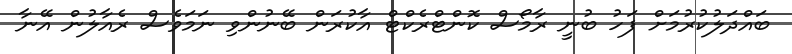
ބައްދަލުކުރުމަށް ފަހު ބުނީ ރާމޯސް ކޮންޓްރެކްޓް އާކުރަން ބޭނުންވި ނަމަވެސް ރެއާލުން އޭނާ